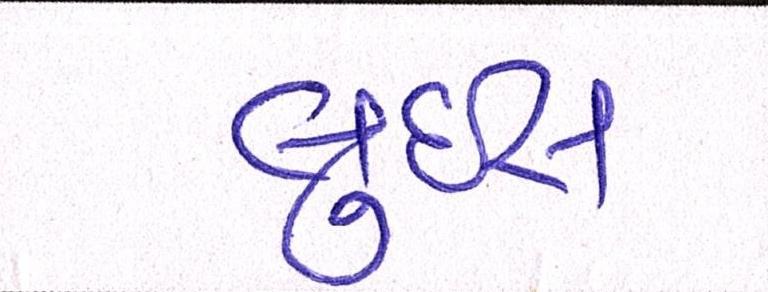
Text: લુઇસ